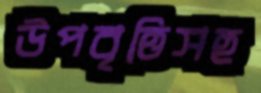
উপবৃত্তিসহ